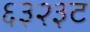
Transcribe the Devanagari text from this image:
६३२३ट